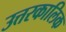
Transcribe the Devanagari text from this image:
उत्तरकालिक